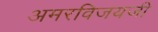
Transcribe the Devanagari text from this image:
अमरविजयजी